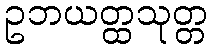
ဥဘယတ္ထသုတ္တ